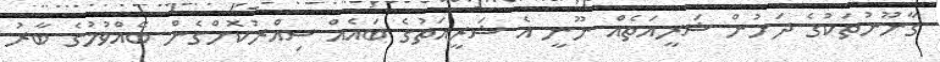
ގާނޫނުތަކުގެ ދަށުން ޝަރީއަތެއް ނޫނީ އެ ޝަރީއަތުގެ ބައެއް ސިއްރުކޮށްގެން ބޭއްވުމުގެ ބާރު